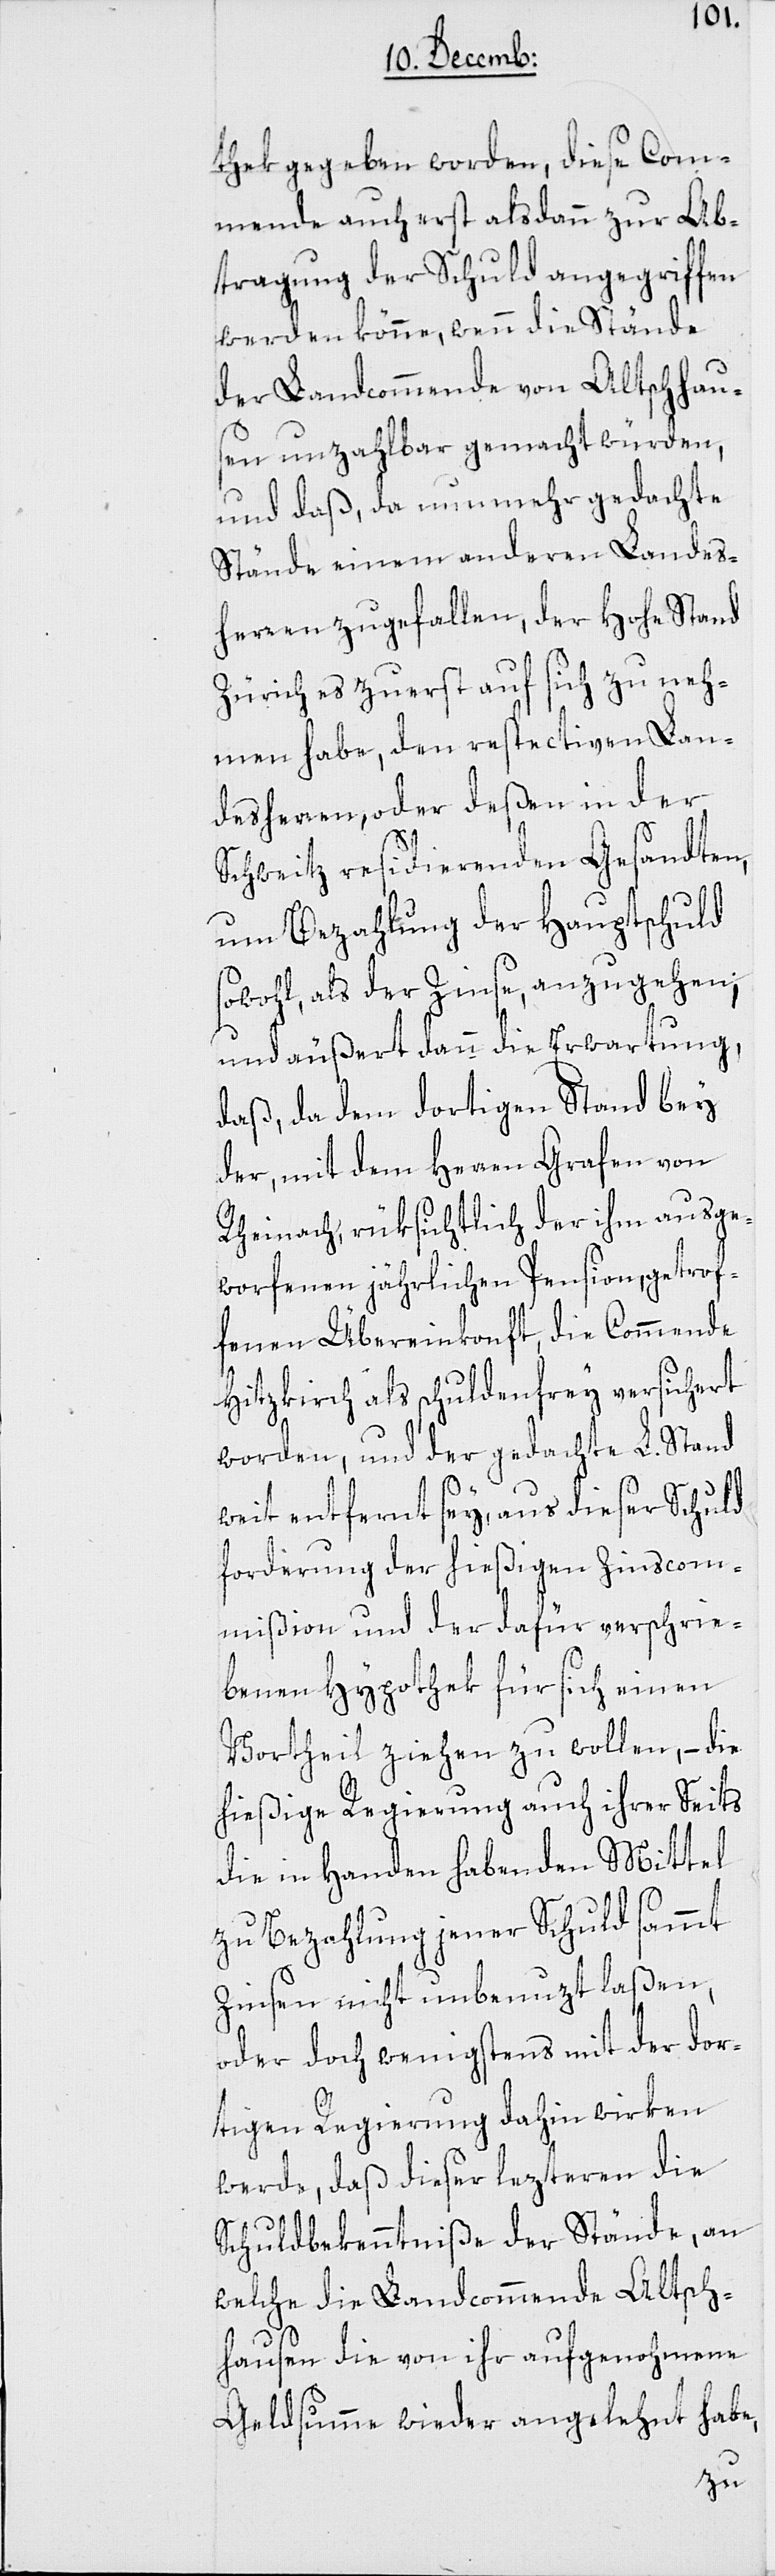
thek gegeben worden, diese Com¬
mende auch erst alsdann zur Ab¬
tragung der Schuld angegriffen
werden könne, wenn die Stände
der Landcommende von Altschhau¬
sen unzahlbar gemacht würden,
und daß, da nunmehr gedachte
Stände einem anderen Landes¬
herren zugefallen, der Hohe Stand
Zürich es zuerst auf sich zu neh¬
men habe, den respectiven Lan¬
desherren, oder deßen in der
Schweitz residierenden Gesandten,
um Bezahlung der Hauptschuld
sowohl, als der Zinse, anzugehen;
und äußert dann die Erwartung,
daß, da dem dortigen Stand bey
der, mit dem Herren Grafen von
Rheinach, rüksichtlich der ihm ausge¬
worfenen jährlichen Pension, getrof¬
fenen Übereinkonft, die Commende
Hitzkirch als schuldenfrey versichert
worden, und der gedachte L. Stand
weit entfernt sey, aus dieser Schuld¬
forderung der hießigen Zinscom¬
mißion und der dafür verschrie¬
benen Hypothek für sich einen
Vortheil ziehen zu wollen, – die
hießige Regierung auch ihrer Seits
die in Handen habenden Mittel
zu Bezahlung jener Schuld sammt
Zinsen nicht unbenuzt laßen,
oder doch wenigstens mit der dor¬
tigen Regierung dahin wirken
werde, daß dieser lezteren die
Schuldbekenntniße der Stände, an
welche die Landcommende Altsch¬
ausen die von ihr aufgenohmene
Geldsumme wieder angelehnt habe,